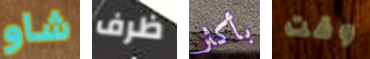
شاو ظرف بأكثر وقت